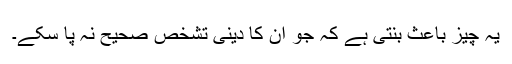
یہ چیز باعث بنتی ہے کہ جو ان کا دینی تشخص صحیح نہ پا سکے۔